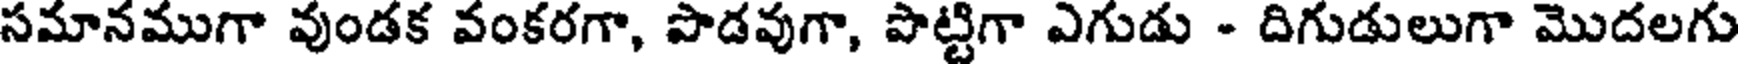
సమానముగా వుండక వంకరగా, పొడవుగా, పొట్టిగా ఎగుడు - దిగుడులుగా మొదలగు